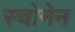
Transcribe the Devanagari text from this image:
स्चोनेन